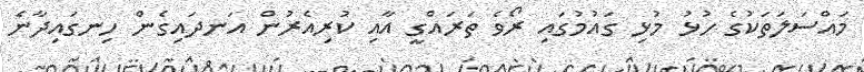
މައްސަލަތަކުގެ ހުޅު މުޅި ގައުމުގައި ރޯވެ ތަރައްގީ އާއި ކުރިއެރުން އަނދައިގެން ހިނގައިދާނެ